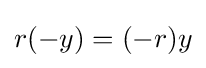
r(-y)=(-r)y